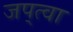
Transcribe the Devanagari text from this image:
जप्‌त्वा